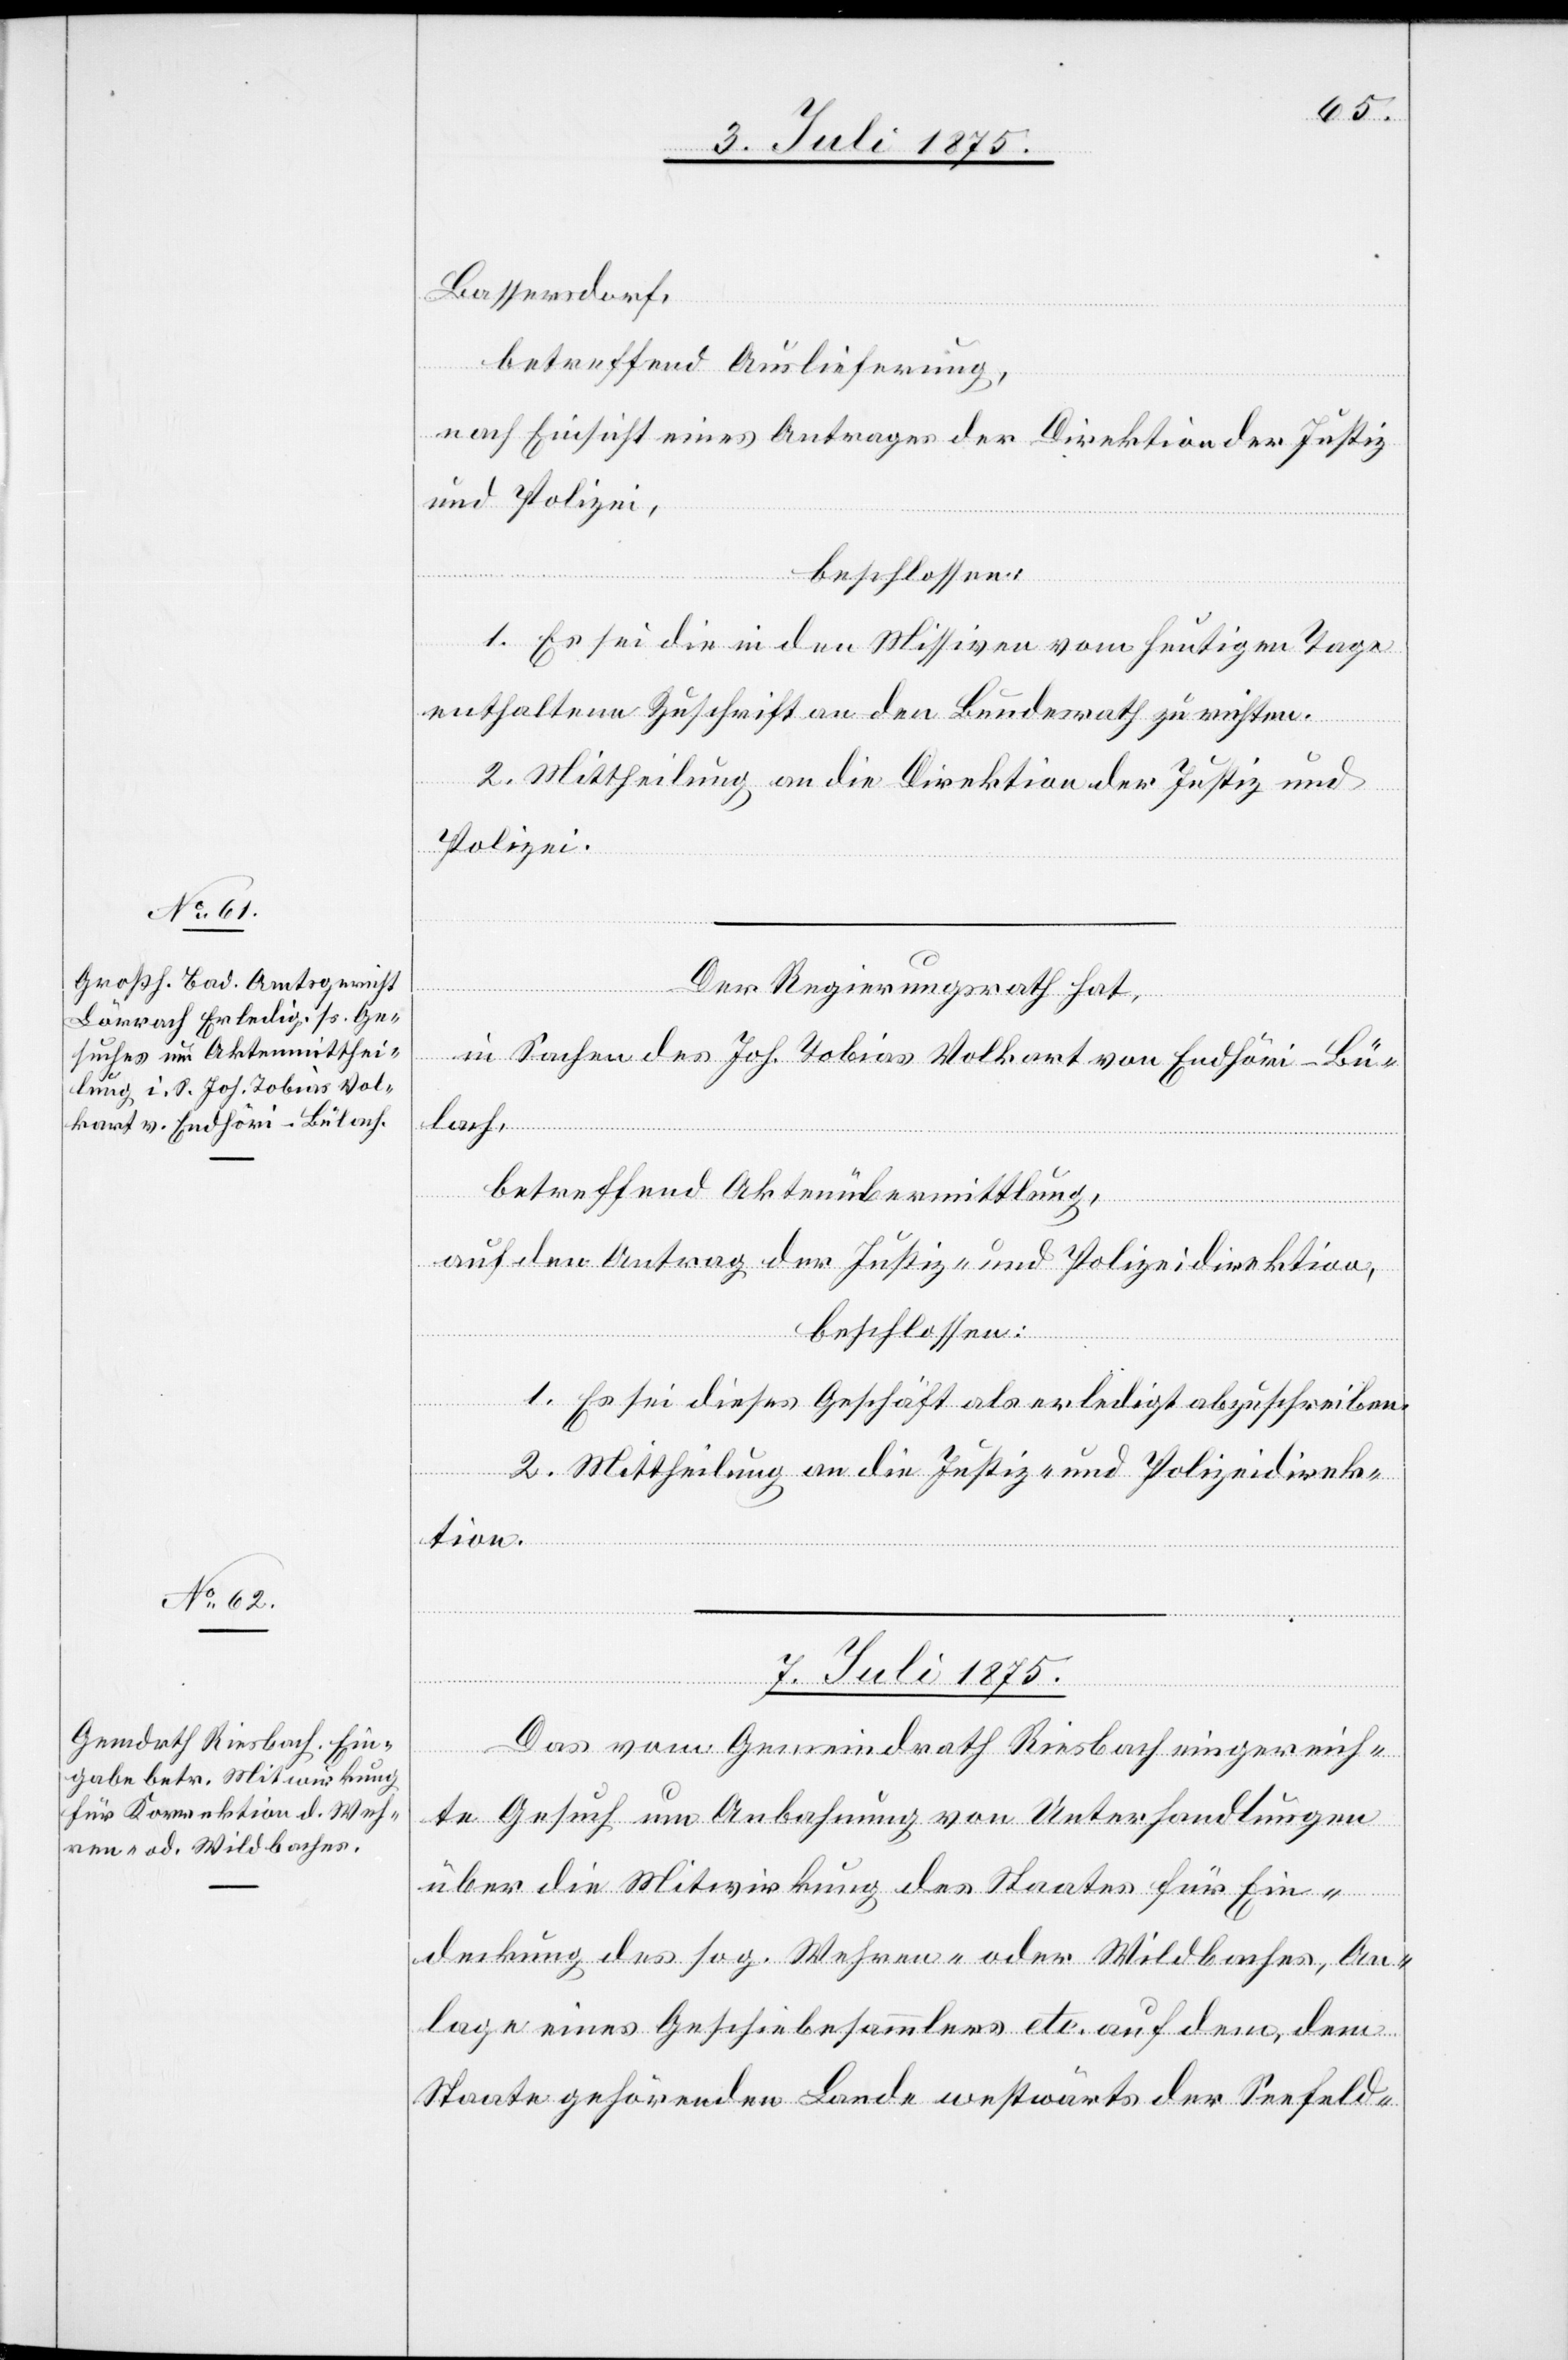
Bassersdorf,
betreffend Auslieferung,
nach Einsicht eines Antrages der Direktion der Justiz
und Polizei,
beschlossen:
1. Es sei die in den Missiven vom heutigen Tage
enthaltene Zuschrift an den Bundesrath zu richten.
2. Mittheilung an die Direktion der Justiz und
Polizei.
Der Regierungsrath hat,
in Sachen des Joh. Tobias Volkart von Endhöri - Bü¬
lach,
betreffend Aktenübermittlung,
auf den Antrag der Justiz- und Polizeidirektion,
beschlossen:
1. Es sei dieses Geschäft als erledigt abzuschreiben.
2. Mittheilung an die Justiz- und Polizeidirek¬
tion.
7. Juli 1875.
erfügungen.]
Das vom Gemeindrath Riesbach eingereich¬
te Gesuch um Anbahnung von Unterhandlungen
über die Mitwirkung des Staates für Ein¬
deckung des sog. Wehren- oder Wildbaches, An¬
lage eines Geschiebesammlers etc. auf dem, dem
Staate gehörenden Lande westwärts der Seefeld-